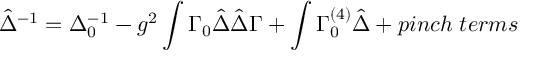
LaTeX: \hat { \Delta } ^ { - 1 } = \Delta _ { 0 } ^ { - 1 } - g ^ { 2 } \int \Gamma _ { 0 } \hat { \Delta } \hat { \Delta } \Gamma + \int \Gamma _ { 0 } ^ { ( 4 ) } \hat { \Delta } + p i n c h \; t e r m s